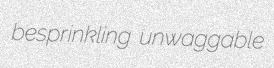
besprinkling unwaggable